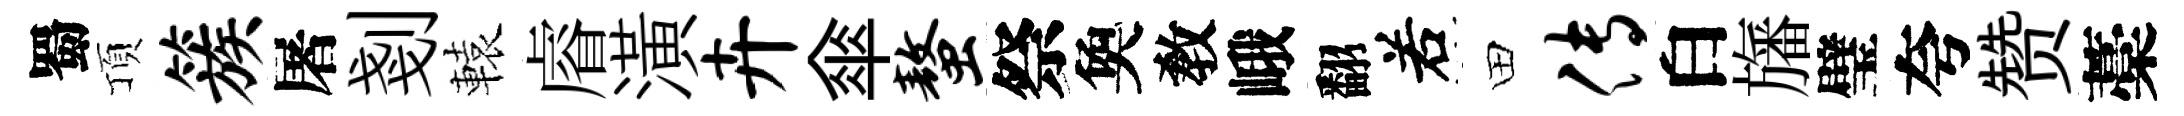
蜀頂簇屠剗轅𥈠潢卉傘螯祭奐敎峨翻𠰥田传白旛璧夸赞藁